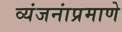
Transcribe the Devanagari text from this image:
व्यंजनांप्रमाणे